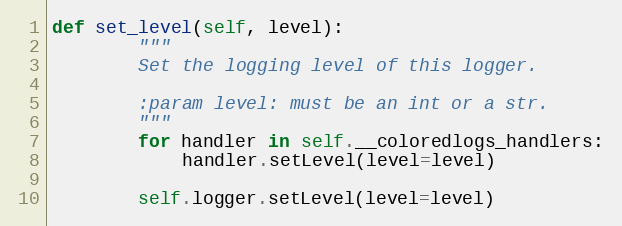
Language: Python
def set_level(self, level):
        """
        Set the logging level of this logger.

        :param level: must be an int or a str.
        """
        for handler in self.__coloredlogs_handlers:
            handler.setLevel(level=level)

        self.logger.setLevel(level=level)